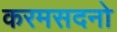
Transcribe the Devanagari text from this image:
करमसदनो